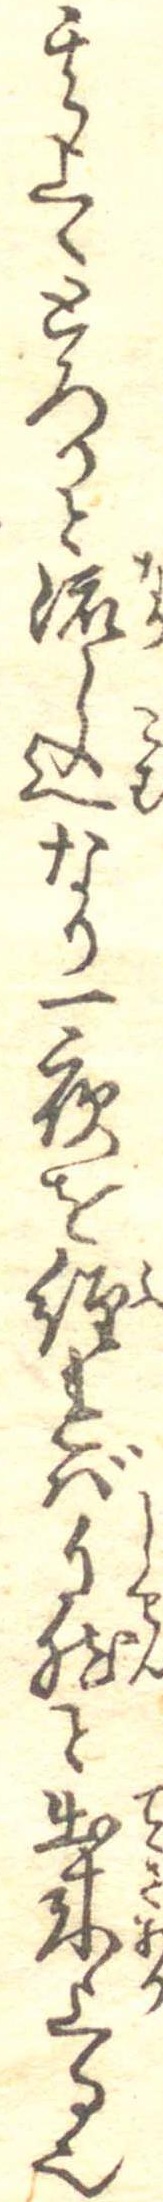
其上へとろりと流し込なり一夜を経れば自然と出来上る也